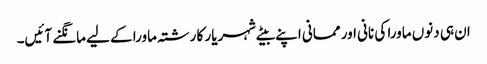
ان ہی دنوں ماورا کی نانی اور ممانی اپنے بیٹے شہریار کا رشتہ ماورا کے لیے مانگنے آئیں۔